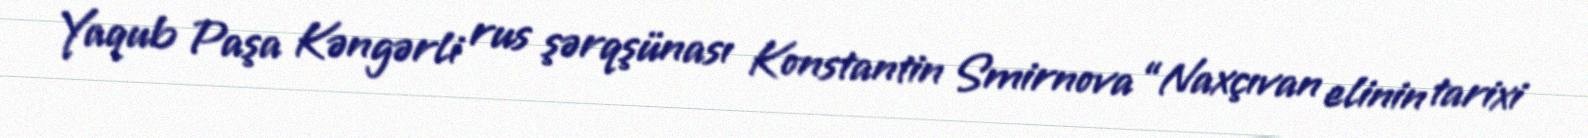
Yaqub Paşa Kəngərli rus şərqşünası Konstantin Smirnova “Naxçıvan elinin tarixi